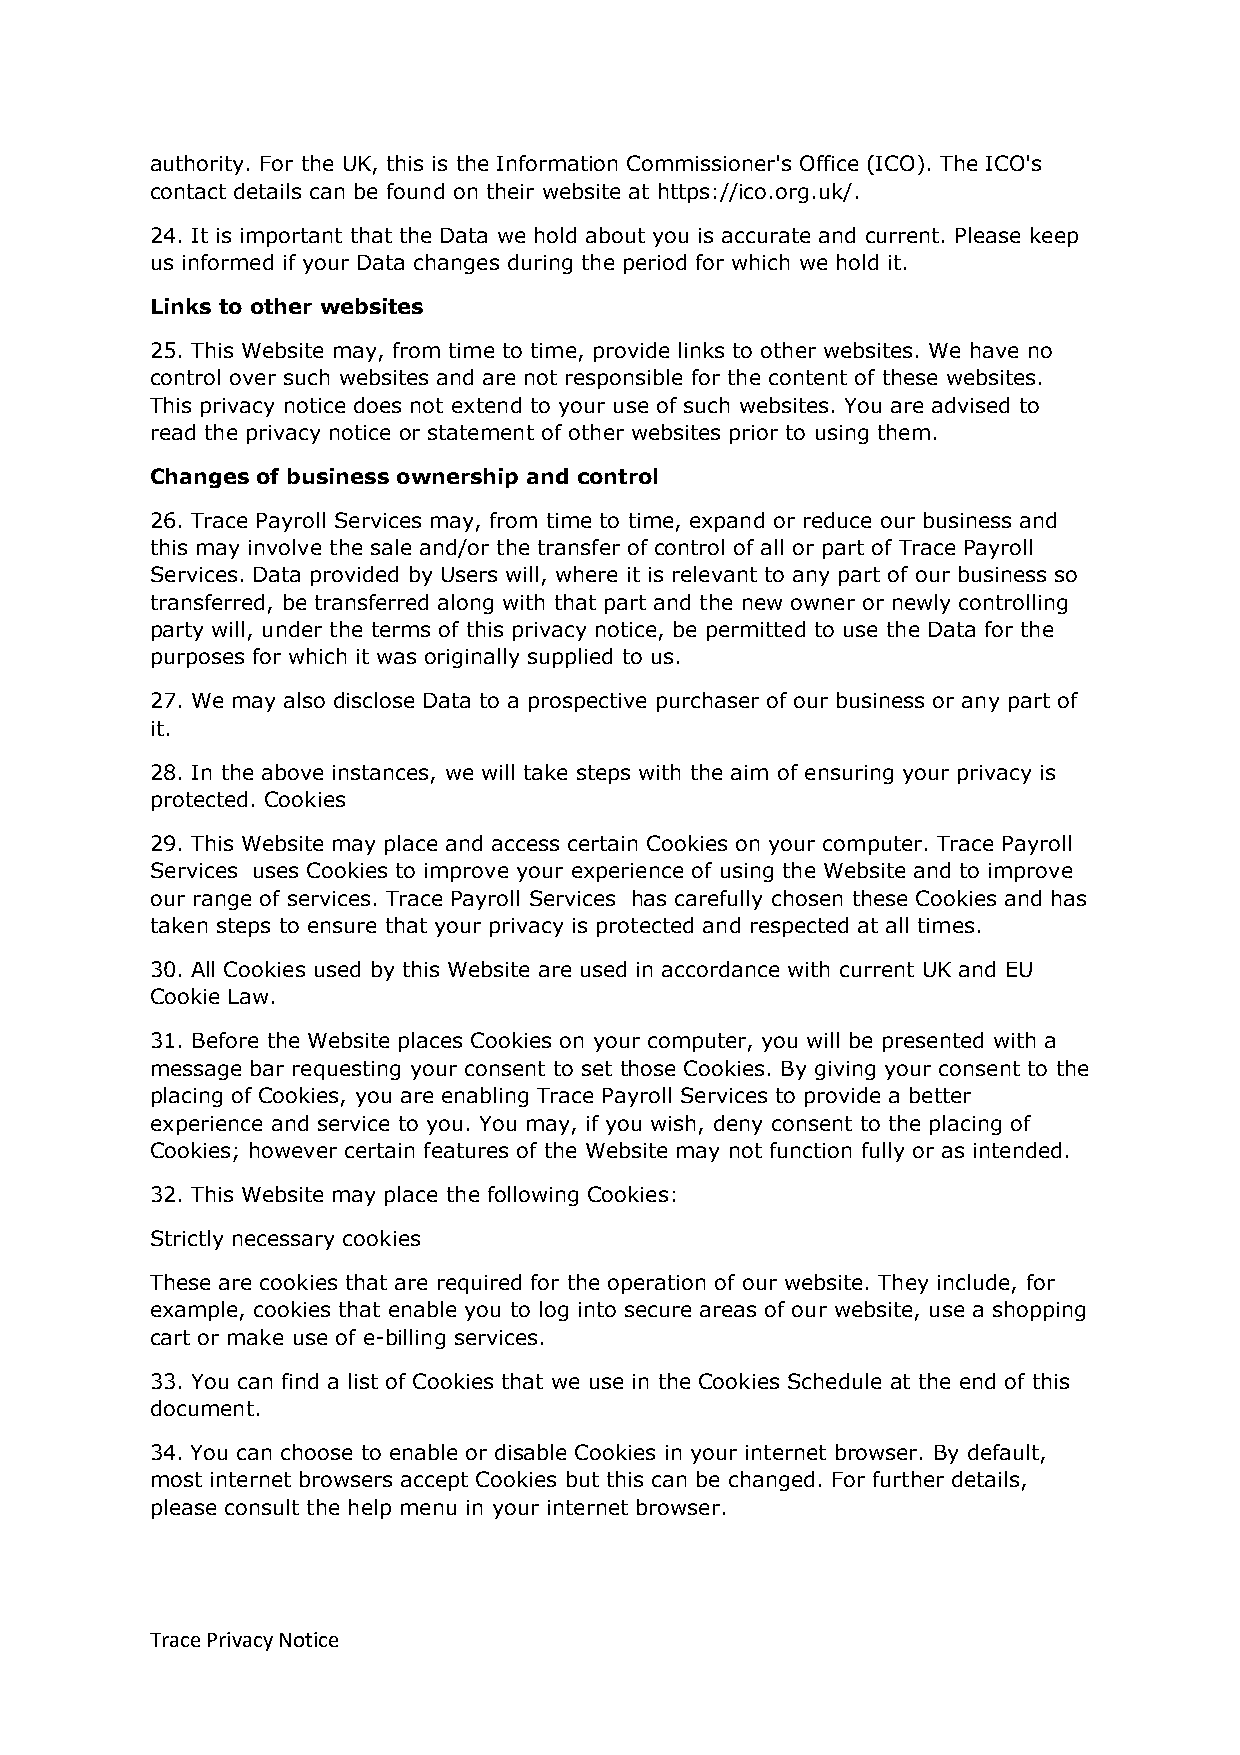
authority. For the UK, this is the Information Commissioner's Office (ICO). The ICO's
 contact details can be found on their website at https://ico.org.uk/.
 24. It is important that the Data we hold about you is accurate and current. Please keep
 us informed if your Data changes during the period for which we hold it.
 Links to other websites
 25. This Website may, from time to time, provide links to other websites. We have no
 control over such websites and are not responsible for the content of these websites.
 This privacy notice does not extend to your use of such websites. You are advised to
 read the privacy notice or statement of other websites prior to using them.
 Changes of business ownership and control
 26. Trace Payroll Services may, from time to time, expand or reduce our business and
 this may involve the sale and/or the transfer of control of all or part of Trace Payroll
 Services. Data provided by Users will, where it is relevant to any part of our business so
 transferred, be transferred along with that part and the new owner or newly controlling
 party will, under the terms of this privacy notice, be permitted to use the Data for the
 purposes for which it was originally supplied to us.
 27. We may also disclose Data to a prospective purchaser of our business or any part of
 it.
 28. In the above instances, we will take steps with the aim of ensuring your privacy is
 protected. Cookies
 29. This Website may place and access certain Cookies on your computer. Trace Payroll
 Services uses Cookies to improve your experience of using the Website and to improve
 our range of services. Trace Payroll Services has carefully chosen these Cookies and has
 taken steps to ensure that your privacy is protected and respected at all times.
 30. All Cookies used by this Website are used in accordance with current UK and EU
 Cookie Law.
 31. Before the Website places Cookies on your computer, you will be presented with a
 message bar requesting your consent to set those Cookies. By giving your consent to the
 placing of Cookies, you are enabling Trace Payroll Services to provide a better
 experience and service to you. You may, if you wish, deny consent to the placing of
 Cookies; however certain features of the Website may not function fully or as intended.
 32. This Website may place the following Cookies:
 Strictly necessary cookies
 These are cookies that are required for the operation of our website. They include, for
 example, cookies that enable you to log into secure areas of our website, use a shopping
 cart or make use of e-billing services.
 33. You can find a list of Cookies that we use in the Cookies Schedule at the end of this
 document.
 34. You can choose to enable or disable Cookies in your internet browser. By default,
 most internet browsers accept Cookies but this can be changed. For further details,
 please consult the help menu in your internet browser.
 Trace Privacy Notice